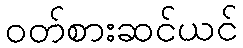
ဝတ်စားဆင်ယင်